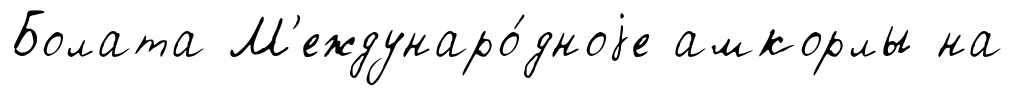
Болата М'еждунаро́дноjе амкорлы на